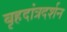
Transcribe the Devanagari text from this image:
बृहदांत्रदर्शन